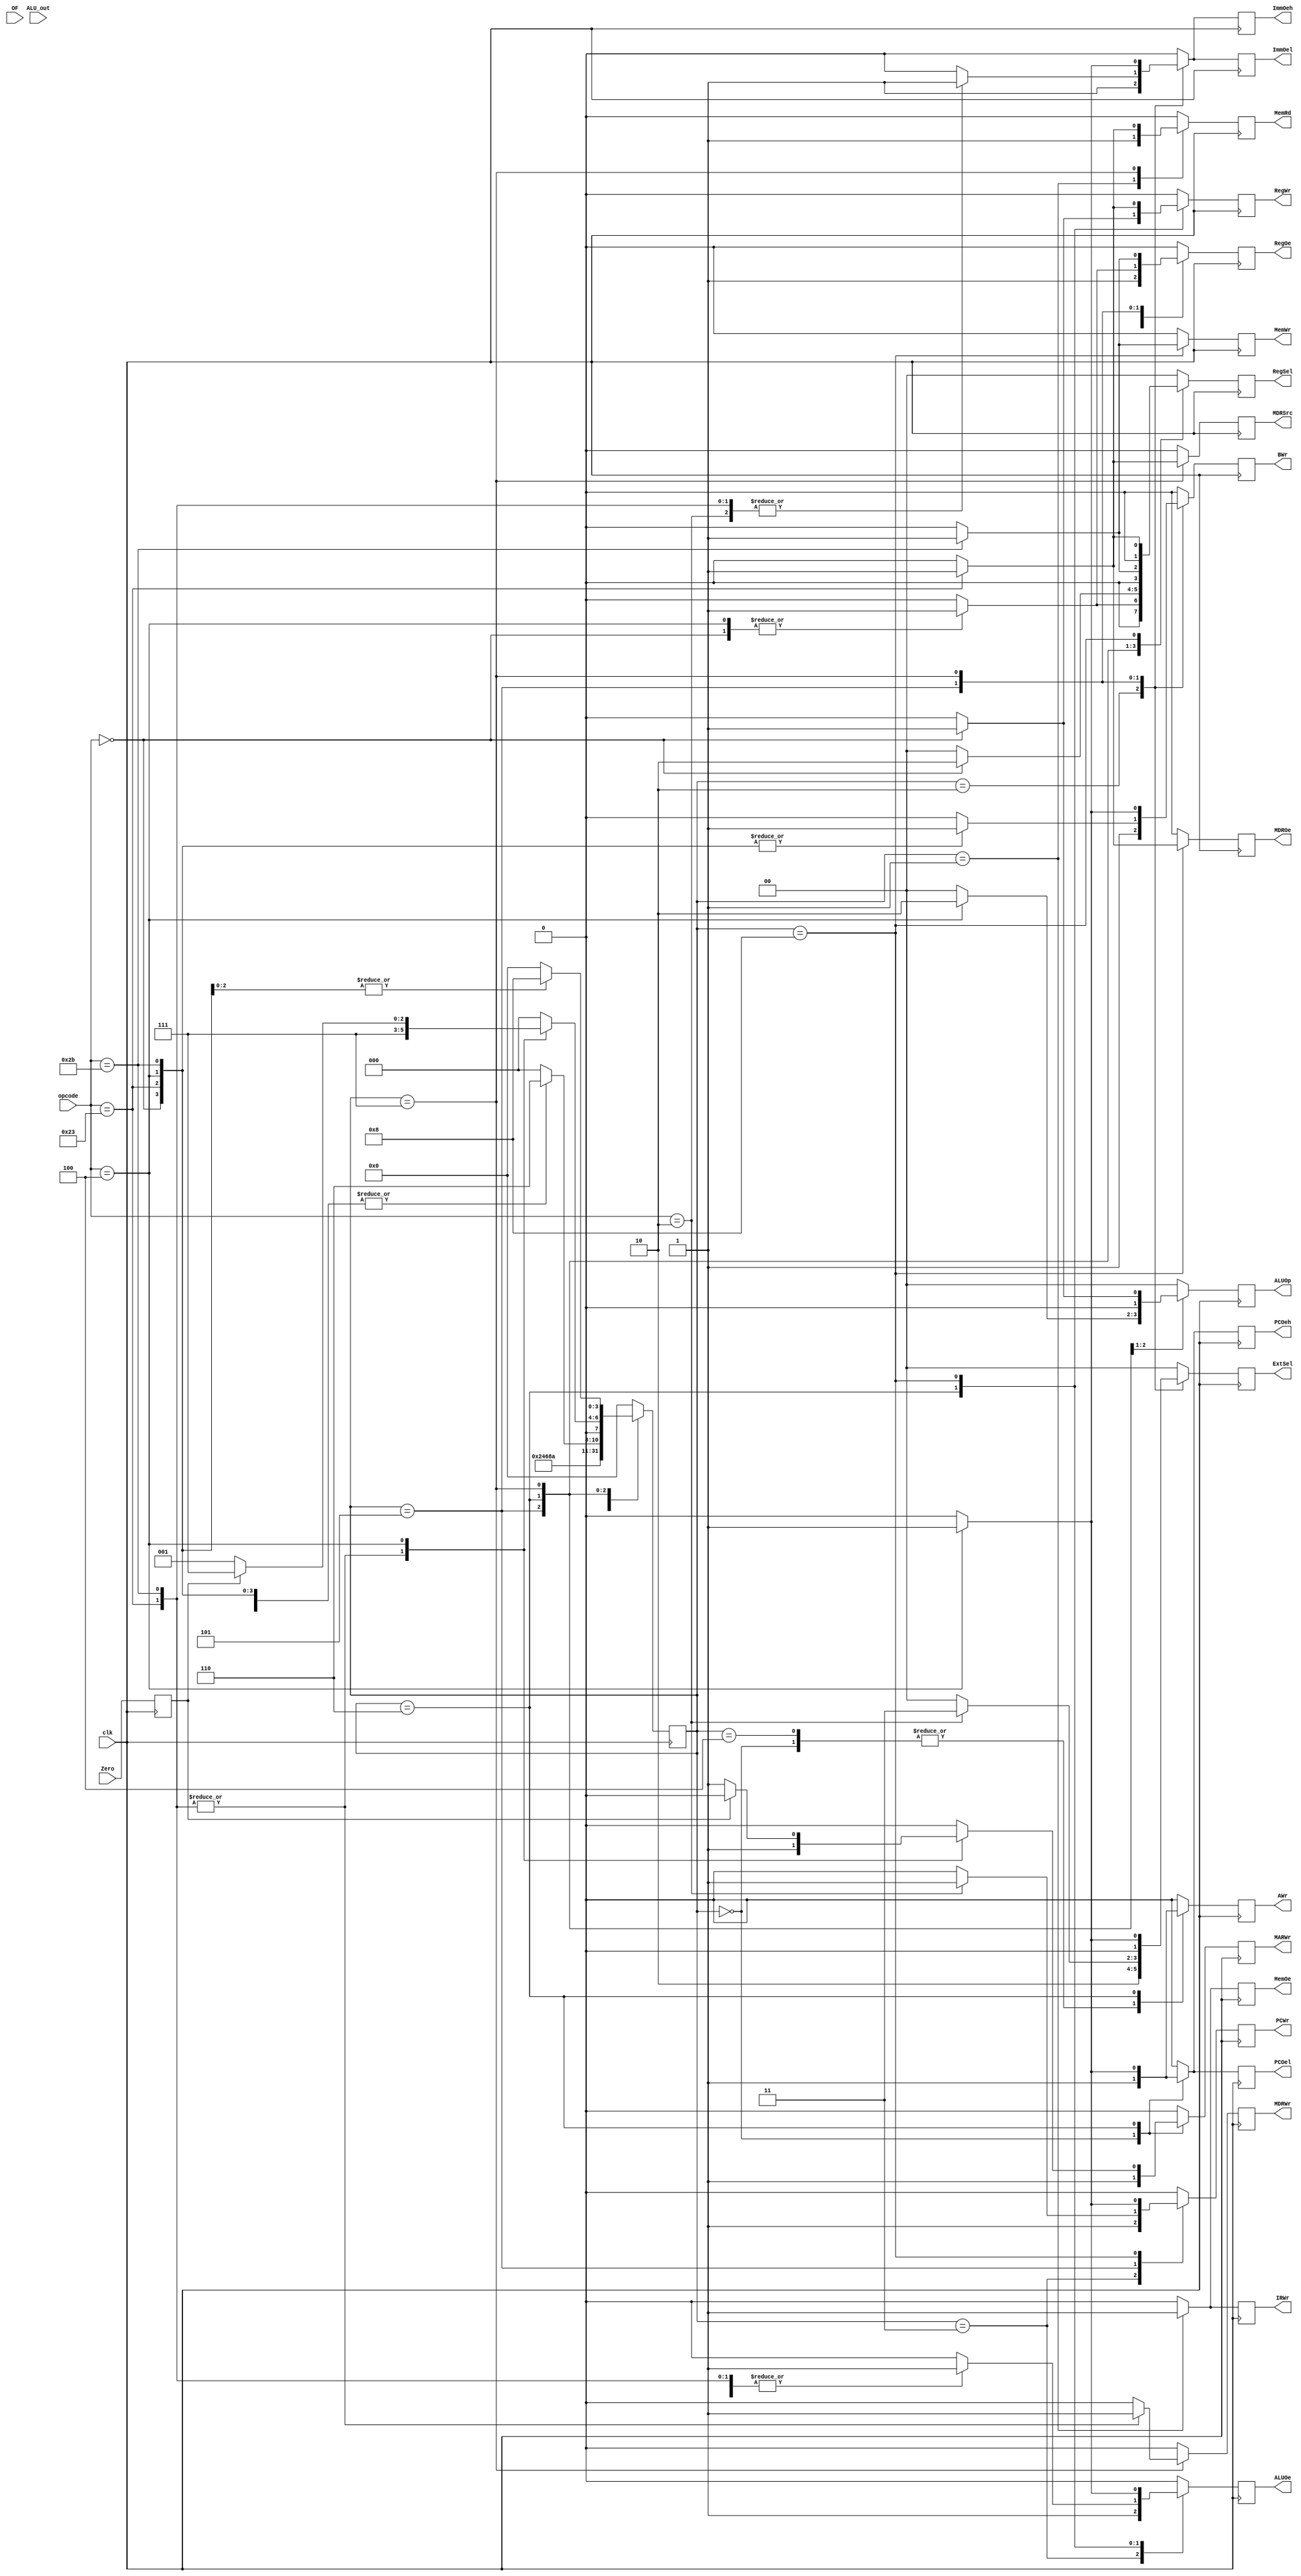
`ifndef _cu
`define _cu

//CPU 
//MCU 
module mcu(
		input  wire clk,
        input  wire	[5:0] opcode,
        input  wire [31:0] ALU_out,
        input  wire Zero,OF,
        output reg PCOeh,PCOel,
        output reg PCWr,IRWr,
        output reg ImmOeh,ImmOel,
        output reg [1:0] ExtSel,
        output reg [1:0] ALUOp,
        output reg AWr,BWr,
        output reg ALUOe,
        output reg RegOe,RegWr,
        output reg [1:0] RegSel,
        output reg MemRd,MemWr,MemOe,
        output reg MARWr,
        output reg MDRSrc,MDROe,MDRWr
        );

    //
    //9,5,
    reg [3:0] state=0;
    reg temp_zero;

    always @(negedge clk) begin
        #1
        temp_zero=Zero;
    end

    parameter lw = 6'b100011;
    parameter sw = 6'b101011;
    parameter R  = 6'b000000;   //
    parameter BEQ= 6'b000100;
    parameter J  = 6'b000010;   //

	always @(posedge clk) begin
		/* default */
		PCOeh = 1'b0;
        PCOel = 1'b0;
        PCWr = 1'b0;
        IRWr = 1'b0;
        ImmOeh = 1'b0;
        ImmOel = 1'b0;
        ExtSel = 2'b00;
        ALUOp = 2'b00;
        AWr = 1'b0;
        BWr = 1'b0;
        ALUOe = 1'b0;
        RegOe = 1'b0;
        RegWr = 1'b0;
        RegSel = 2'b00;
        MemRd = 1'b0;
        MemWr = 1'b0;
        MemOe = 1'b0;
        MARWr = 1'b0;
        MDRSrc = 1'b0;
        MDROe = 1'b0;
        MDRWr = 1'b0;

        // |  |                    |  |                  |
        // | :------: | :--------------------: | :------: | :------------------: |
        // |   CLK    |                |  ALUOe   |     ALU      |
        // |  PCOeh   |   PC  4    |  RegOe   |    |
        // |  PCOel   |  PC  28    |  RegWr   |    |
        // |   PCWr   |      PC        |  RegSel  |  |
        // |   IRWr   |      IR        |  MARWr   |     MAR      |
        // |  ImmOeh  |  4   |  MemRd   |          |
        // |  ImmOel  |  28  |  MemWr   |          |
        // |  ExtSel  |        |  MDRSrc  |    MDR     |
        // |  ALUOp   |        ALU         |  MDROe   |     MDR      |
        // | ALUCtrl  |      ALU       |  MDRWr   |     MDR      |
        // |   AWr    |    A     |  MemOe   |        |
        // |   BWr    |    B     |

        //mips
        // https://blog.csdn.net/qq_41848006/article/details/82256626
		case(state)
            4'h0:begin          /* 1 */
                PCOeh = 1'b1;
                PCOel = 1'b1;
                AWr = 1'b1;
                MARWr = 1'b1;
                state = 4'h1;
            end
            4'h1:begin          /* 2 */
                IRWr = 1'b1;
                MemRd = 1'b1;
                MemOe = 1'b1;
                state = 4'h2;
            end
            4'h2:begin          /* 3 */
                ImmOeh = 1'b1;
                ImmOel = 1'b1;
                ExtSel = 2'b10;
                BWr = 1'b1;
                state = 4'h3;                
            end
            4'h3:begin          /* 4 */
                PCWr = 1'b1;
                ALUOe = 1'b1;
                state = 4'h4;                
            end
            4'h4:begin          /* 5 */
                AWr = 1'b1;
                RegOe = 1'b1;
                state = 4'h5;                
            end

            // parameter lw = 100011;
            // parameter sw = 101011;
            // parameter R  = 000000;
            // parameter BEQ= 000100;
            // parameter J  = 000010;

            4'h5:begin          /* 6 */
               case(opcode)
                    lw:begin
                        ImmOeh = 1'b1;
                        ImmOel = 1'b1;
                        BWr = 1'b1;
                        state = 4'h6;
                    end
                    sw:begin
                        ImmOeh = 1'b1;
                        ImmOel = 1'b1;
                        BWr = 1'b1;
                        state = 4'h6;
                    end
                    R:begin
                        RegSel = 2'b01;
                        RegOe = 1'b1;
                        BWr = 1'b1;
                        state = 4'h6;
                    end
                    BEQ:begin
                        RegSel = 2'b01;
                        RegOe = 1'b1;
                        BWr = 1'b1;
                        ALUOp = 2'b10;
                        // sub  Zero 
                        state = 4'h6;
                    end
                    J:begin
                        //
                        // PCOeh = 1'b1;
                        // ExtSel = 2'b11;
                        // ImmOel = 1'b1;
                        // PCWr = 1'b1;
                        // state = 4'h6;
                        ExtSel = 2'b11;
                        ImmOeh = 1'b1;
                        ImmOel = 1'b1;
                        PCWr = 1'b1;
                        state = 4'h6;
                    end
                    default:begin
                        state = 4'h0;
                    end
               endcase
            end
            4'h6:begin          /* 7 */
               case(opcode)
                    lw:begin
                        ALUOe = 1'b1;
                        MARWr = 1'b1;
                        state = 4'h7;
                    end
                    sw:begin
                        ALUOe = 1'b1;
                        MARWr = 1'b1;
                        state = 4'h7;
                    end
                    R:begin
                        ALUOp = 2'b01;
                        ALUOe = 1'b1;
                        RegSel = 2'b10;
                        RegWr = 1'b1;
                        state = 4'h0;
                    end
                    BEQ:begin
                        //
                        //0
                        PCOeh = 1'b1;
                        PCOel = 1'b1;
                        AWr = 1'b1;
                        MARWr = (temp_zero==1'b0)?1'b1:1'b0;
                        state = (temp_zero==1'b0)?4'h1:4'h7;
                        //state = 4'h7;
                    end
                    default:begin
                        state = 4'h0;
                    end
               endcase
            end
            4'h7:begin          /* 8 */
               case(opcode)
                    lw:begin
                        MemRd = 1'b1;
                        MDRSrc = 1'b1;
                        MDRWr = 1'b1;
                        state = 4'h8;
                    end
                    sw:begin
                        RegSel = 2'b01;
                        RegOe = 1'b1;
                        MDRWr = 1'b1;
                        state = 4'h8;
                    end
                    BEQ:begin
                        ExtSel = 2'b01;
                        ImmOeh = 1'b1;
                        ImmOel = 1'b1;
                        BWr = 1'b1;
                        state = 4'h8;
                    end
                    default:begin
                        state = 4'h0;
                    end
               endcase
            end
            4'h8:begin          /* 9 */
               case(opcode)
                    lw:begin
                        MDROe = 1'b1;
                        RegSel = 2'b01;
                        RegWr = 1'b1;
                        state = 4'h0;
                    end
                    sw:begin
                        MemWr = 1'b1;
                        state = 4'h0;
                    end
                    BEQ:begin
                        ALUOe = 1'b1;
                        PCWr = 1'b1;
                        state = 4'h0;
                    end
                    default:begin
                        state = 4'h0;
                    end
               endcase
            end
            default:begin
                state = 4'h0;
            end
        endcase
	end

endmodule

`endif